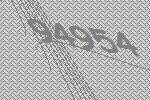
94954